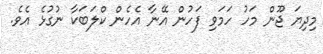
މިދިޔަ ޖޫން މަހު ހަމަވި ފަހުން އޭނާ އެހެން ކްލަބަކާ ނުގުޅެ އެވެ.